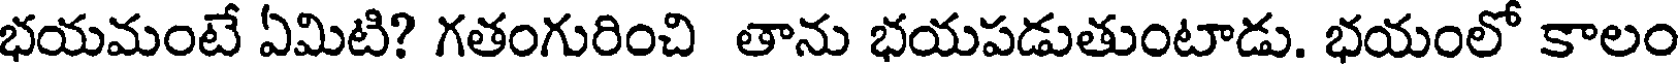
భయమంటే ఏమిటి? గతంగురించి తాను భయపడుతుంటాడు. భయంలో కాలం